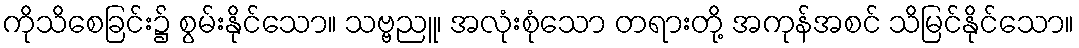
ကိုသိစေခြင်း၌ စွမ်းနိုင်သော။ သဗ္ဗညူ၊ အလုံးစုံသော တရားတို့ အကုန်အစင် သိမြင်နိုင်သော။